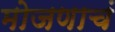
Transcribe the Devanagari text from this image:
मोजणाचं